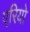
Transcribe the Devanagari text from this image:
एरियो